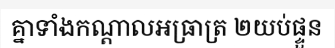
គ្នាទាំងកណ្តាលអធ្រាត្រ ២យប់ផ្ទួន